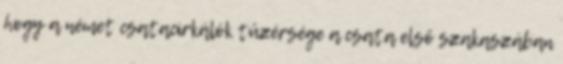
hogy a német csatacirkálók tüzérsége a csata első szakaszában